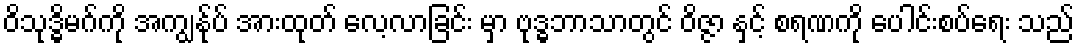
ဝိသုဒ္ဓိမဂ်ကို အကျွန်ုပ် အားထုတ် လေ့လာခြင်း မှာ ဗုဒ္ဓဘာသာတွင် ဝိဇ္ဇာ နှင့် စရဏကို ပေါင်းစပ်ရေး သည်